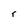
Character: r